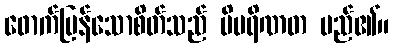
ဖောက်ပြန်သောစိတ်သည် ပိပရိဏတ မည်၏။